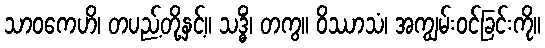
သာဝကေဟိ၊ တပည့်တို့နှင့်။ သဒ္ဓိံ၊ တကွ။ ဝိဿာသံ၊ အကျွမ်းဝင်ခြင်းကို။